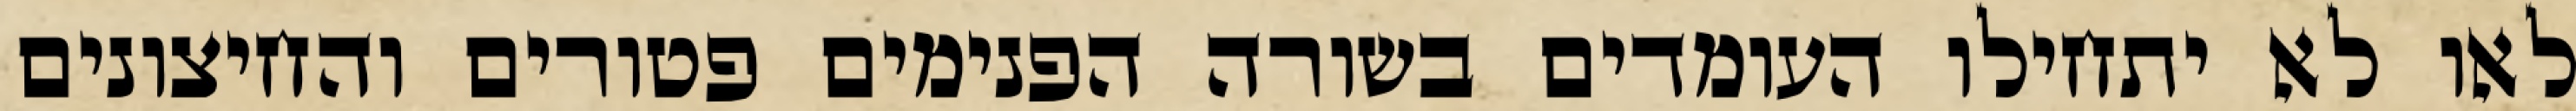
לאו לא יתחילו העומדים בשורה הפנימים פטורים והחיצונים